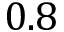
0 . 8